Note on the mental hospitals in Burma - 1925-1940
Year: 1925
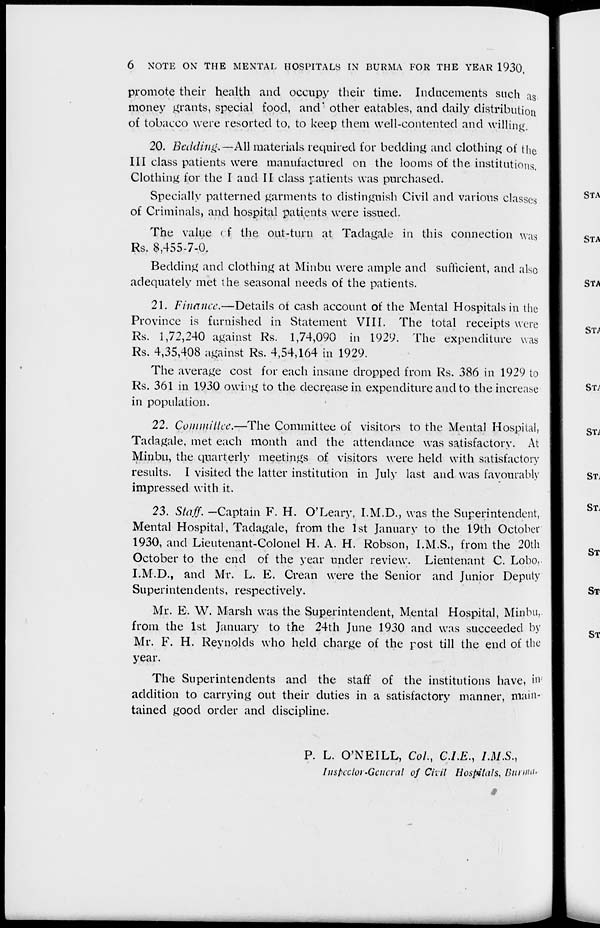
6 NOTE ON THE MENTAL HOSPITALS IN BURMA FOR THE YEAR 1930.
promote their health and occupy their time. Inducements such as
money grants, special food, and other eatables, and daily distribution
of tobacco were resorted to, to keep them well-contented and willing.
20. Bedding.—All materials required for bedding and clothing of the
III class patients were manufactured on the looms of the institutions.
Clothing for the I and II class patients was purchased.
Specially patterned garments to distinguish Civil and various classes
of Criminals, and hospital patients were issued.
The value of the out-turn at Tadagale in this connection was
Rs. 8,455-7-0.
Bedding and clothing at Minbu were ample and sufficient, and also
adequately met the seasonal needs of the patients.
21. Finance.—Details of cash account of the Mental Hospitals in the
Province is furnished in Statement VIII. The total receipts were
Rs. 1,72,240 against Rs. 1,74,090 in 1929. The expenditure was
Rs. 4,35,408 against Rs. 4,54,164 in 1929.
The average cost for each insane dropped from Rs. 386 in 1929 to
Rs. 361 in 1930 owing to the decrease in expenditure and to the increase
in population.
22. Committee.—The Committee of visitors to the Mental Hospital,
Tadagale, met each month and the attendance was satisfactory. At
Minbu, the quarterly meetings of visitors were held with satisfactory
results. I visited the latter institution in July last and was favourably
impressed with it.
23. Staff. —Captain F. H. O'Leary, I.M.D., was the Superintendent,
Mental Hospital, Tadagale, from the 1st January to the 19th October
1930, and Lieutenant-Colonel H. A. H. Robson, I.M.S., from the 20th
October to the end of the year under review. Lieutenant C. Lobo,
I.M.D., and Mr. L. E. Crean were the Senior and Junior Deputy
Superintendents, respectively.
Mr. E. W. Marsh was the Superintendent, Mental Hospital, Minbu,
from the 1st January to the 24th June 1930 and was succeeded by
Mr. F. H. Reynolds who held charge of the post till the end of the
year.
The Superintendents and the staff of the institutions have, in
addition to carrying out their duties in a satisfactory manner, main-
tained good order and discipline.
P. L. O'NEILL, Col., C.I.E., I.M.S.,
Inspector-General of Civil Hospitals, Burma.